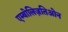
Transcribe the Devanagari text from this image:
एम्बोलिज़तिओन